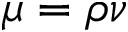
\mu = \rho \nu